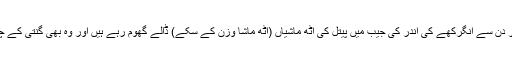
چار دن سے انگرکھے کی اندر کی جیب میں پیتل کی آٹھ ماشیاں (آٹھ ماشا وزن کے سکے) ڈالے گھوم رہے ہیں اور وہ بھی گنتی کے چار۔